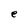
Character: e